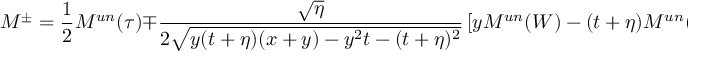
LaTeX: { \cal M } ^ { \pm } = { \frac { 1 } { 2 } } { \cal M } ^ { u n } ( \tau ) \mp { \frac { \sqrt { \eta } } { 2 \sqrt { y ( t + \eta ) ( x + y ) - y ^ { 2 } t - ( t + \eta ) ^ { 2 } } } } \left[ y { \cal M } ^ { u n } ( W ) - ( t + \eta ) { \cal M } ^ { u n } ( Q ) \right] \ .